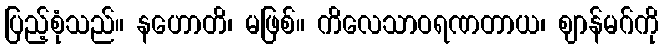
ပြည့်စုံသည်။ နဟောတိ၊ မဖြစ်။ ကိလေသာဝရဏတာယ၊ ဈာန်မဂ်ကို